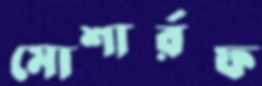
মোশার্রফ